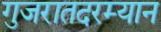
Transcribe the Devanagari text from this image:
गुजरातदरम्यान